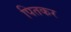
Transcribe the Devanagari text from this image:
पितकर